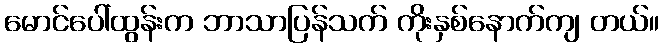
မောင်ပေါ်ထွန်းက ဘာသာပြန်သက် ကိုးနှစ်နောက်ကျ တယ်။